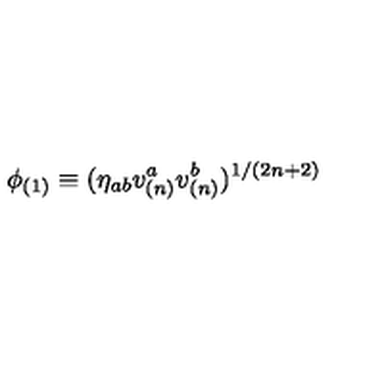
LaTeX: \phi _ { ( 1 ) } \equiv ( \eta _ { a b } v _ { ( n ) } ^ { a } v _ { ( n ) } ^ { b } ) ^ { 1 / ( 2 n + 2 ) }